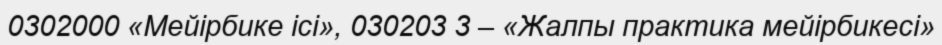
0302000 «Мейірбике ісі», 030203 3 – «Жалпы практика мейірбикесі»